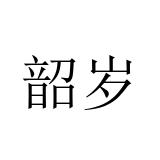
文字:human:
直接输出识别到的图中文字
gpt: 韶岁